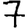
Digit: 7